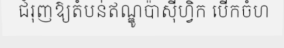
ជំរុញឱ្យតំបន់ឥណ្ឌូប៉ាស៊ីហ្វិក បើកចំហ